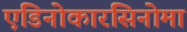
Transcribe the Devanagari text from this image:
एडिनोकारसिनोमा